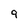
Character: 9